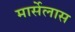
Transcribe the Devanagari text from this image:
मार्सेलास